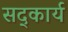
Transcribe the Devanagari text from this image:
सद्कार्य